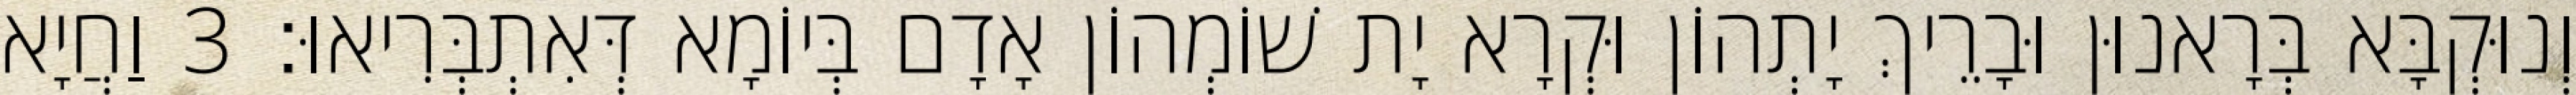
וְנוּקְבָּא בְּרָאנוּן וּבָרֵיךְ יָתְהוֹן וּקְרָא יָת שׁוֹמְהוֹן אָדָם בְּיוֹמָא דְּאִתְבְּרִיאוּ׃ 3 וַחֲיָא